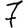
Digit: 7